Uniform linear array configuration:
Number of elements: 8
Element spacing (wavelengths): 0.5
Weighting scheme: hamming
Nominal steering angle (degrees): -45
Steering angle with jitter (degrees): -46.603
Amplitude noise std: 0.05
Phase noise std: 0.05

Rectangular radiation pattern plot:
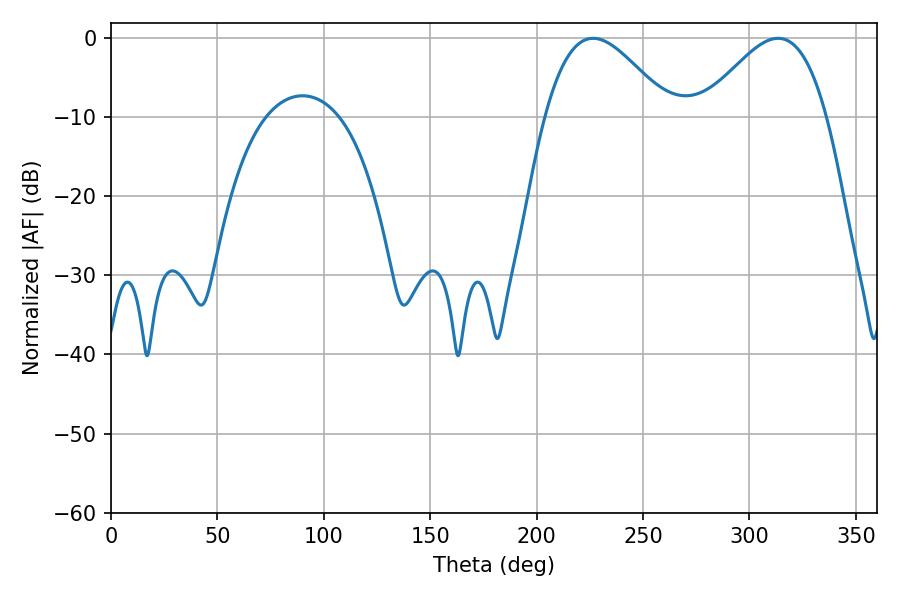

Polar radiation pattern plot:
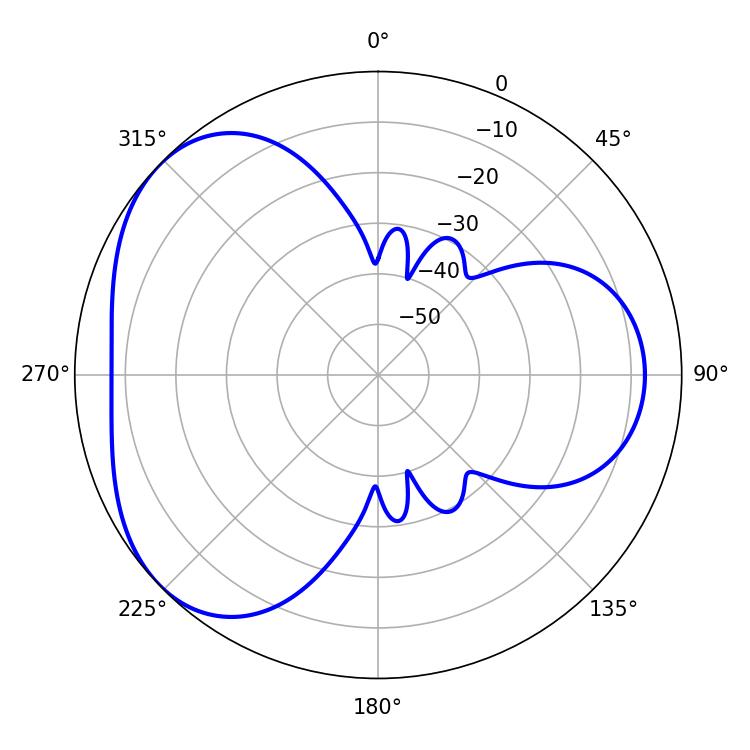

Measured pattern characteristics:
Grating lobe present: FALSE
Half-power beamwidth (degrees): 31.32
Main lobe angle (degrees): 226.62